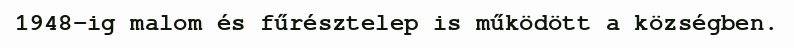
1948-ig malom és fűrésztelep is működött a községben.